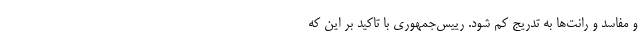
و مفاسد و رانت‌ها به تدریج کم شود. رییس‌جمهوری با تاکید بر این که